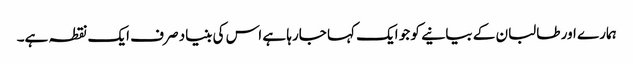
ہمارے اور طالبان کے بیانیے کو جو ایک کہا جارہا ہے اس کی بنیاد صرف ایک نقطہ ہے۔